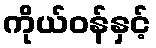
ကိုယ်ဝန်နှင့်